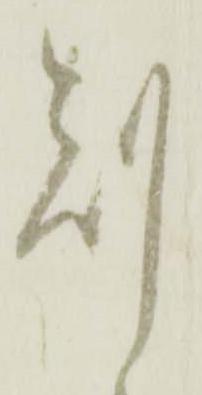
刻